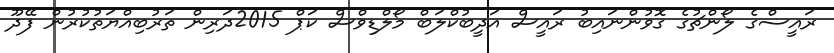
ރައީސްގެ ލޯންޗުގެ ގޮވުންނައިބު ރައީސް އަދީބުކްލަބް މޯލްޑިވްސް ކަޕް 2015ދަރިން ތަރުބިއްޔަތުކުރުން ފޭދޫ